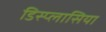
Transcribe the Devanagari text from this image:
डिस्प्लासिया